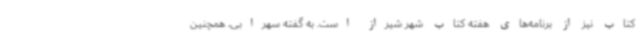
کتاب نیز از برنامه‌های هفته کتاب شهر شیراز است. به گفته سهرابی، همچنین